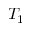
T _ { 1 }